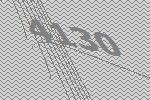
4130